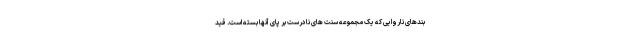
بندهای ناروایی که یک مجموعه سنت های نادرست بر پای آنها بسته است. قید